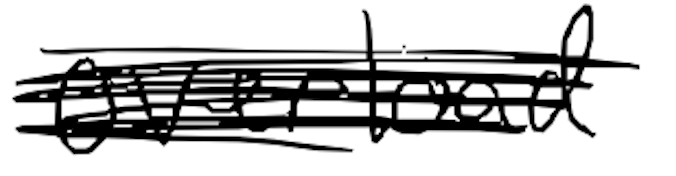
Text: Overload
Cross-out: scratch
Writing tool: digital_black